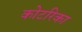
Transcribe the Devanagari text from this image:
कोटरिका